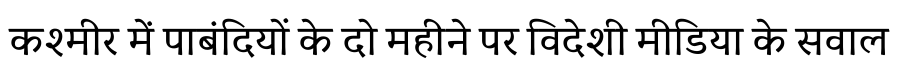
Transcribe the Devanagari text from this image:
कश्मीर में पाबंदियों के दो महीने पर विदेशी मीडिया के सवाल